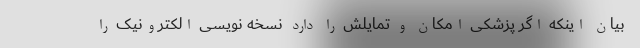
بیان اینکه اگر پزشکی امکان و تمایلش را دارد نسخه نویسی الکترونیک را